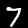
Label: 7